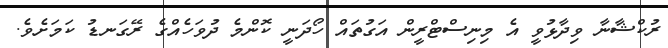
ރުކްޝާނާ ވިދާޅުވީ އެ މިނިސްޓްރީން އަގުތައް ހޯދަނީ ކޮންމެ ދުވަހެއްގެ ރޭގަނޑު ކަމަށެވެ.